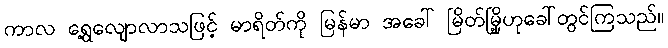
ကာလ ရွေ့လျောလာသဖြင့် မာရိတ်ကို မြန်မာ အခေါ် မြိတ်မြို့ဟုခေါ်တွင်ကြသည်။